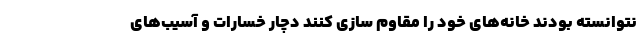
نتوانسته بودند خانه‌های خود را مقاوم سازی کنند دچار خسارات و آسیب‌های